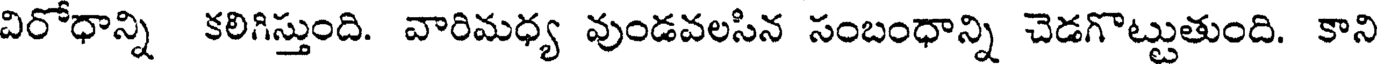
విరోధాన్ని కలిగిస్తుంది. వారిమధ్య వుండవలసిన సంబంధాన్ని చెడగొట్టుతుంది. కాని